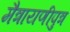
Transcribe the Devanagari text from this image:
मैत्रायणीपुत्र